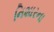
નિશારના